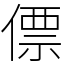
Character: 僄